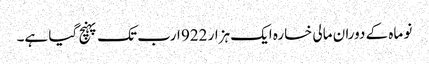
نو ماہ کے دوران مالی خسارہ ایک ہزار 922 ارب تک پہنچ گیا ہے۔